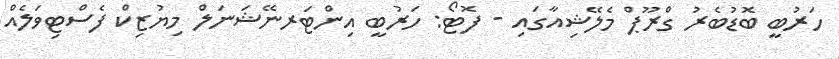
ހަރުބީ ބޮޑުބެރު ގްރޫޕް މެލޭޝިއާގައި - ފޮޓޯ: ހަރުބީ އިންޓަރނޭޝަނަލް މިޔުޒިކް ފެސްޓިވަލެއް